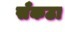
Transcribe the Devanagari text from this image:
सँकठा